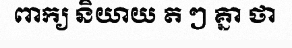
ពាក្យ និយាយ ត ៗ គ្នា ថា